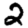
Digit: 2